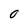
Character: 0